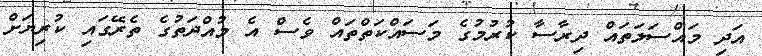
އަދި މައްސަލަތައް ދިރާސާ ކުރުމުގެ މަސައްކަތްތައް ވެސް އެ މުއްދަތުގެ ތެރޭގައި ކުރިޔަށް